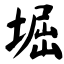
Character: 堀